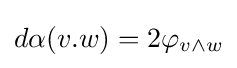
d\alpha (v.w)=2\varphi _{v\wedge w}